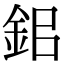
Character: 鈻